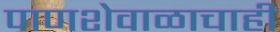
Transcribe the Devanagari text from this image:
पाणशेवाळाचाही